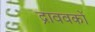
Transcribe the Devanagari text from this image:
द्राववकों